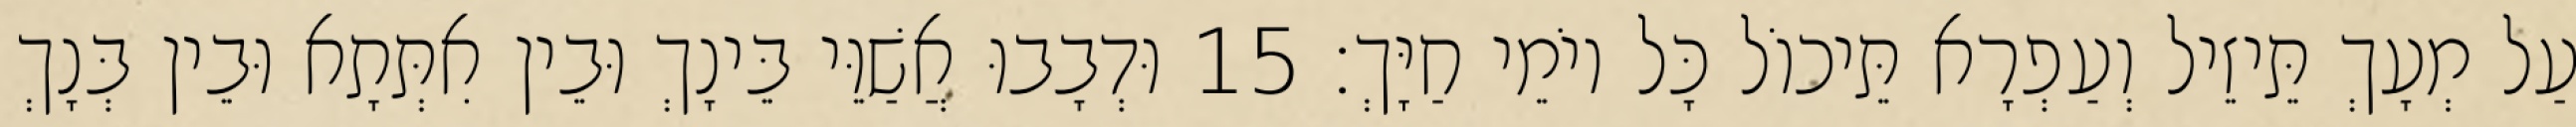
עַל מְעָךְ תֵּיזֵיל וְעַפְרָא תֵּיכוֹל כָּל יוֹמֵי חַיָּךְ׃ 15 וּדְבָבוּ אֲשַׁוֵּי בֵּינָךְ וּבֵין אִתְּתָא וּבֵין בְּנָךְ